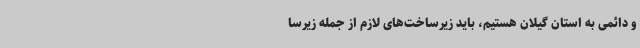
و دائمی به استان گیلان هستیم، باید زیرساخت‌های لازم از جمله زیرسا